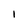
Character: 1